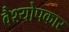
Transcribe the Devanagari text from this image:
वैश्योपकार